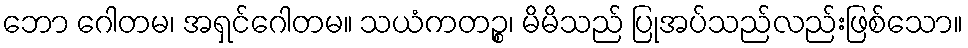
ဘော ဂေါတမ၊ အရှင်ဂေါတမ။ သယံကတဉ္စ၊ မိမိသည် ပြုအပ်သည်လည်းဖြစ်သော။